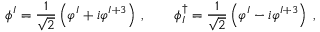
\phi ^ { I } = \frac { 1 } { \sqrt { 2 } } \left( \varphi ^ { I } + i \varphi ^ { I + 3 } \right) \: , \qquad \phi _ { I } ^ { \dagger } = \frac { 1 } { \sqrt { 2 } } \left( \varphi ^ { I } - i \varphi ^ { I + 3 } \right) \; ,